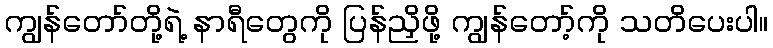
ကျွန်တော်တို့ရဲ့ နာရီတွေကို ပြန်ညှိဖို့ ကျွန်တော့်ကို သတိပေးပါ။